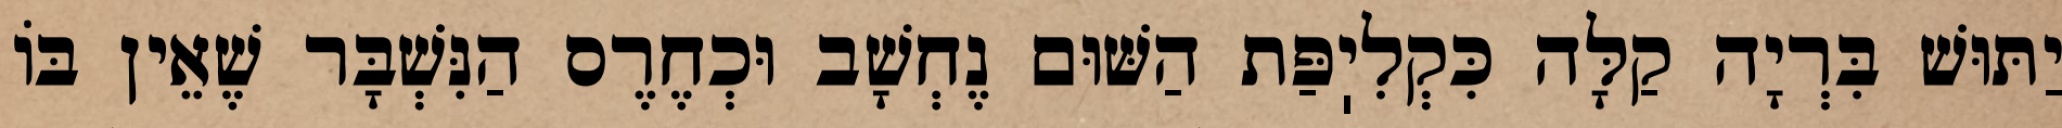
יַתּוּשׁ בִּרְיָה קַלָּה כִּקְלִיֽפַּת הַשּׁוּם נֶחְשָׁב וּכְחֶרֶס הַנִּשְׁבָּר שֶׁאֵין בּוֹ